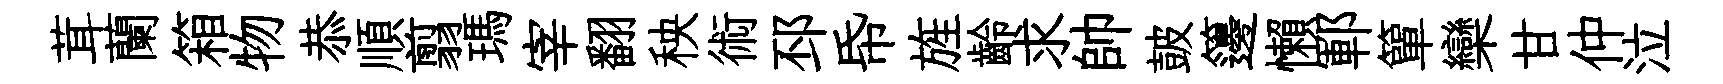
茸蘭箱物恭順翦瑪宰翻秧術邳帋旌齡求帥皷籩懶鄆簞欒甘仲泣